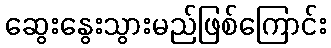
ဆွေးနွေးသွားမည်ဖြစ်ကြောင်း